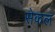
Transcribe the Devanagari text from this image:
सेकल